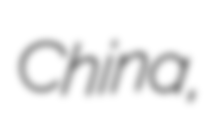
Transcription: China,